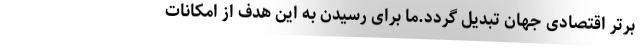
برتر اقتصادی جهان تبدیل گردد.ما برای رسیدن به این هدف از امکانات